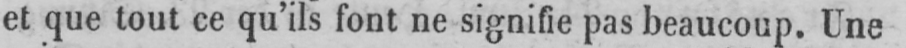
et que tout ce qu’ils font ne signifie pas beaucoup. Une